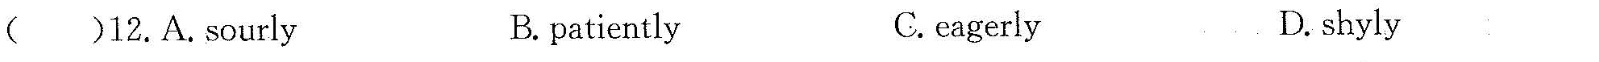
( )11.A.see